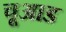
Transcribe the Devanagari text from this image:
चूआड